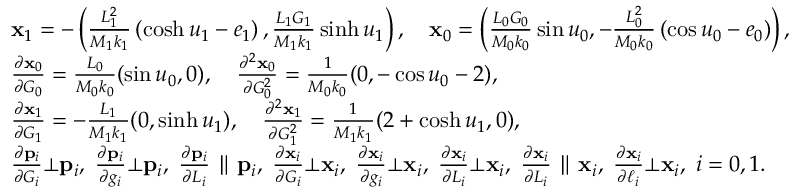
\begin{array} { r l } & { \mathbf { x } _ { 1 } = - \left( \frac { L _ { 1 } ^ { 2 } } { M _ { 1 } k _ { 1 } } \left( \cosh u _ { 1 } - e _ { 1 } \right) , \frac { L _ { 1 } G _ { 1 } } { M _ { 1 } k _ { 1 } } \sinh u _ { 1 } \right) , \quad \mathbf { x } _ { 0 } = \left( \frac { L _ { 0 } G _ { 0 } } { M _ { 0 } k _ { 0 } } \sin u _ { 0 } , - \frac { L _ { 0 } ^ { 2 } } { M _ { 0 } k _ { 0 } } \left( \cos u _ { 0 } - e _ { 0 } \right) \right) , } \\ & { \frac { \partial \mathbf { x } _ { 0 } } { \partial G _ { 0 } } = \frac { L _ { 0 } } { M _ { 0 } k _ { 0 } } ( \sin u _ { 0 } , 0 ) , \quad \frac { \partial ^ { 2 } \mathbf { x } _ { 0 } } { \partial G _ { 0 } ^ { 2 } } = \frac { 1 } { M _ { 0 } k _ { 0 } } ( 0 , - \cos u _ { 0 } - 2 ) , } \\ & { \frac { \partial \mathbf { x } _ { 1 } } { \partial G _ { 1 } } = - \frac { L _ { 1 } } { M _ { 1 } k _ { 1 } } ( 0 , \sinh u _ { 1 } ) , \quad \frac { \partial ^ { 2 } \mathbf { x } _ { 1 } } { \partial G _ { 1 } ^ { 2 } } = \frac { 1 } { M _ { 1 } k _ { 1 } } ( 2 + \cosh u _ { 1 } , 0 ) , } \\ & { \frac { \partial \mathbf { p } _ { i } } { \partial G _ { i } } \bot \mathbf { p } _ { i } , \; \frac { \partial \mathbf { p } _ { i } } { \partial g _ { i } } \bot \mathbf { p } _ { i } , \; \frac { \partial \mathbf { p } _ { i } } { \partial L _ { i } } \parallel \mathbf { p } _ { i } , \; \frac { \partial \mathbf { x } _ { i } } { \partial G _ { i } } \bot \mathbf { x } _ { i } , \; \frac { \partial \mathbf { x } _ { i } } { \partial g _ { i } } \bot \mathbf { x } _ { i } , \; \frac { \partial \mathbf { x } _ { i } } { \partial L _ { i } } \bot \mathbf { x } _ { i } , \; \frac { \partial \mathbf { x } _ { i } } { \partial L _ { i } } \parallel \mathbf { x } _ { i } , \; \frac { \partial \mathbf { x } _ { i } } { \partial \ell _ { i } } \bot \mathbf { x } _ { i } , \; i = 0 , 1 . } \end{array}